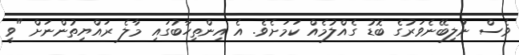
ވެސް ނުލިބޭނެވަރުގެ ބޮޑު ގެއްލުމެއް ކަމަށެވެ. އެ އިންތިހާބުގައި މާލެ ރައްޔިތުންނަށް "ވީ